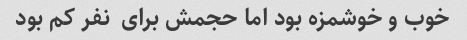
خوب و خوشمزه بود اما حجمش برای  نفر کم بود